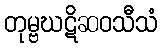
တုမ္ဗဃဋိဆဝသီသံ